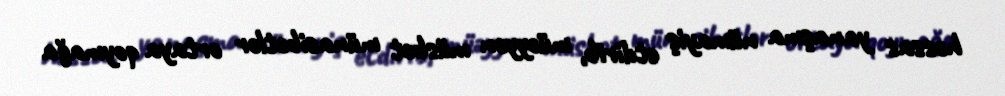
həssas yanaşma nümayiş etdirib, müəyyən müsbət münasibətlər ortaya qoymağa